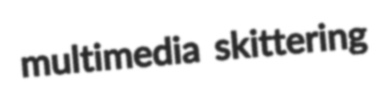
multimedia skittering